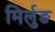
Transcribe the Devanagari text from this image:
मिर्लुङ